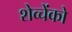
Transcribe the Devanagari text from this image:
शेव्चेंको